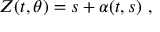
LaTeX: Z ( t , \theta ) = s + \alpha ( t , s ) \ ,